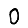
Digit: 0